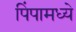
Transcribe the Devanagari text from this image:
पिंपामध्ये